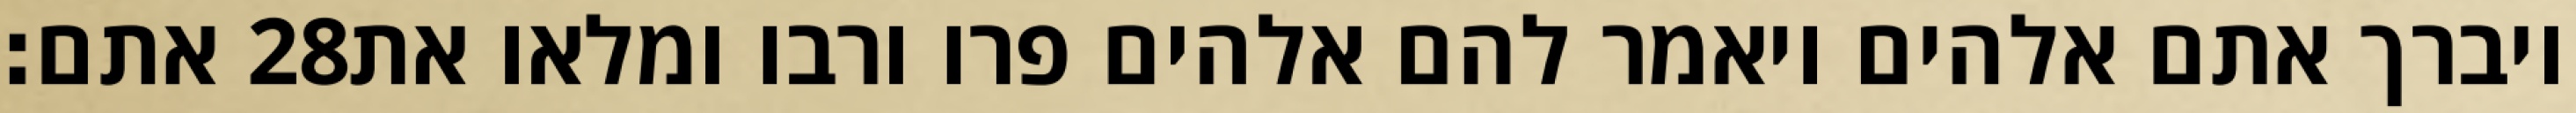
אתם׃ ‎28‏ ויברך אתם אלהים ויאמר להם אלהים פרו ורבו ומלאו את